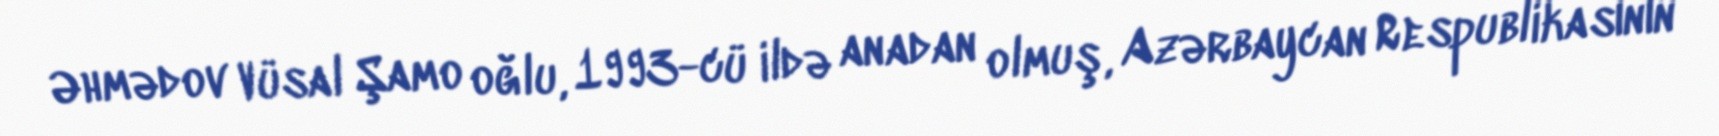
Əhmədov Vüsal Şamo oğlu, 1993-cü ildə anadan olmuş, Azərbaycan Respublikasının